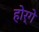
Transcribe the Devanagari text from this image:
होर्गे